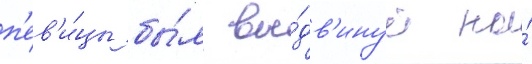
п'ев'и́цы бы́л вы́дв'инут на́